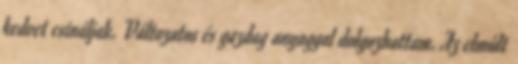
kedvet csináljak. Változatos és gazdag anyaggal dolgozhattam. Az elmúlt